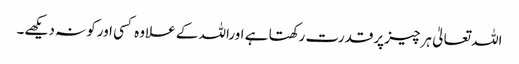
اللہ تعالیٰ ہرچیز پرقدرت رکھتا ہے اوراللہ کے علاوہ کسی اورکو نہ دیکھے۔